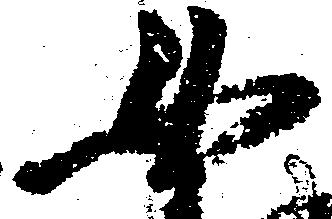
女